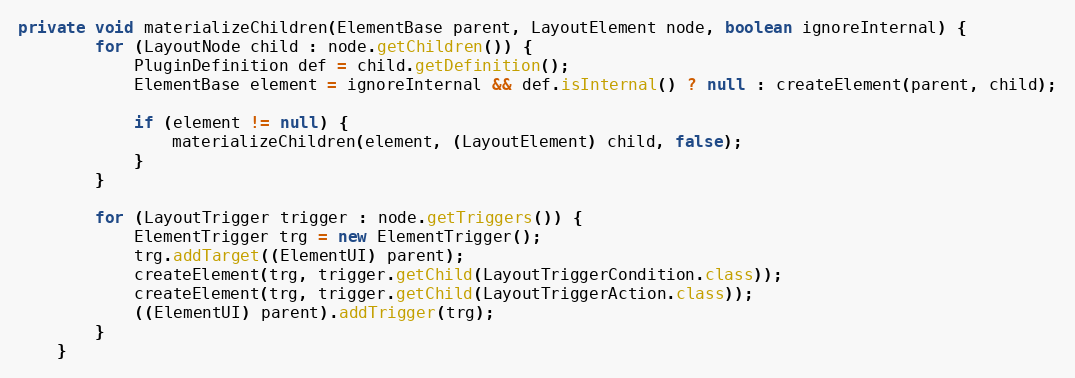
Language: Java
private void materializeChildren(ElementBase parent, LayoutElement node, boolean ignoreInternal) {
        for (LayoutNode child : node.getChildren()) {
            PluginDefinition def = child.getDefinition();
            ElementBase element = ignoreInternal && def.isInternal() ? null : createElement(parent, child);

            if (element != null) {
                materializeChildren(element, (LayoutElement) child, false);
            }
        }

        for (LayoutTrigger trigger : node.getTriggers()) {
            ElementTrigger trg = new ElementTrigger();
            trg.addTarget((ElementUI) parent);
            createElement(trg, trigger.getChild(LayoutTriggerCondition.class));
            createElement(trg, trigger.getChild(LayoutTriggerAction.class));
            ((ElementUI) parent).addTrigger(trg);
        }
    }